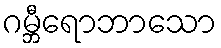
ဂမ္ဘီရောဘာသော